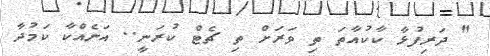
" ދަރިފުޅާ ކާކުއާތަ ތި ވަރަށް ތި ޗެޓް ކުރަނީ.. އަނެއްކާ ކަމުދާ